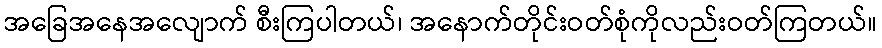
အခြေအနေအလျောက် စီးကြပါတယ်၊ အနောက်တိုင်းဝတ်စုံကိုလည်းဝတ်ကြတယ်။